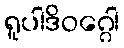
ရူပါဒိဝဂ္ဂေါ